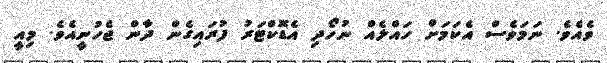
ވެއެވެ. ނަމަވެސް އެކަމަށް ހައްލެއް ނުހޯދި އެޑޮކްޓަރު ފުރައިގެން ދާން ޖެހުނީއެވެ. މިއީ